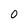
Character: 0